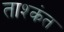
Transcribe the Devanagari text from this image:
ताश्कंत